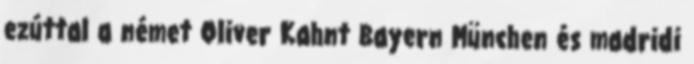
ezúttal a német Oliver Kahnt Bayern München és madridi